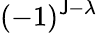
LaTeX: (-1)^{\mathsf{J}-\lambda}